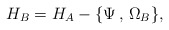
\begin{align*}H_B = H_A - \{ \Psi\,,\,\Omega_B \} , \end{align*}